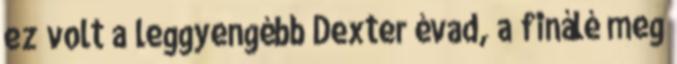
ez volt a leggyengébb Dexter évad, a finálé meg